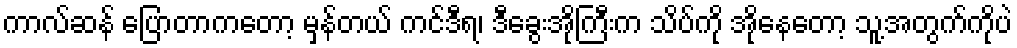
ကာလ်ဆန် ပြောတာကတော့ မှန်တယ် ကင်ဒီရ၊ ဒီခွေးအိုကြီးက သိပ်ကို အိုနေတော့ သူ့အတွက်ကိုပဲ